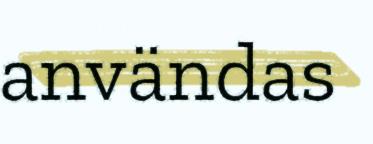
användas